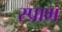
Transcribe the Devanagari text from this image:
स्प्राग